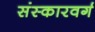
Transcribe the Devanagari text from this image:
संस्कारवर्ग